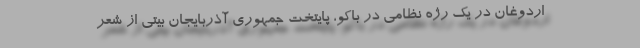
اردوغان در یک رژه نظامی در باکو، پایتخت جمهوری آذربایجان بیتی از شعر